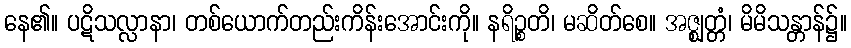
နေ၏။ ပဋိသလ္လာနာ၊ တစ်ယောက်တည်းကိန်းအောင်းကို။ နရိဉ္စတိ၊ မဆိတ်စေ။ အဇ္ဈတ္တံ၊ မိမိသန္တာန်၌။